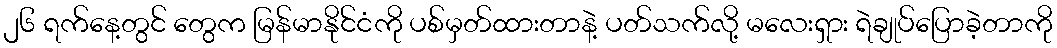
၂၆ ရက်နေ့တွင် တွေက မြန်မာနိုင်ငံကို ပစ်မှတ်ထားတာနဲ့ ပတ်သက်လို့ မလေးရှား ရဲချုပ်ပြောခဲ့တာကို